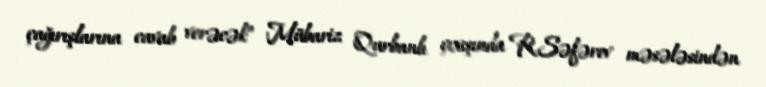
çağırışlarına cavab verəcək” Mübariz Qurbanlı çıxışında R.Səfərov məsələsindən